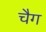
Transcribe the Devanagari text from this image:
चैग